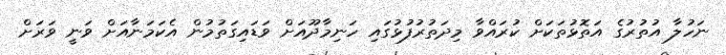
ނަހުލާ އުތުރުގެ އަތޮޅުތަކަށް ކުރައްވާ މިދަތުރުފުޅުގައި ހަނިމާދޫއަށް ވަޑައިގަތުމުން އެކަމަނާއަށް ވަނީ ވަރަށް